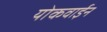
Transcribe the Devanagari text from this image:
योकवाईन